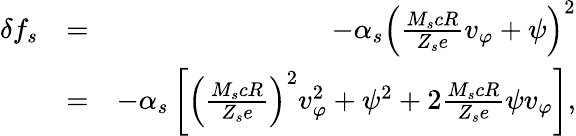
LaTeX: \begin{array}{rlr}{\delta f_{s}}&{=}&{-\alpha_{s}\left(\frac{M_{s}cR}{Z_{s}e}v_{\varphi}+\psi\right)^{2}}\\ &{=}&{-\alpha_{s}\left[\left(\frac{M_{s}cR}{Z_{s}e}\right)^{2}v_{\varphi}^{2}+\psi^{2}+2\frac{M_{s}cR}{Z_{s}e}\psi v_{\varphi}\right],}\end{array}